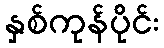
နှစ်ကုန်ပိုင်း